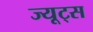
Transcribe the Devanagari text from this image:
ज्यूट्स